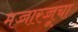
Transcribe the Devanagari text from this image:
मज्जारज्जूचा